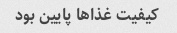
کیفیت غذاها پایین بود